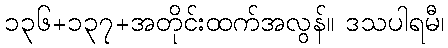
၁၃၆+၁၃၇+အတိုင်းထက်အလွန်။ ဒသပါရမီ၊